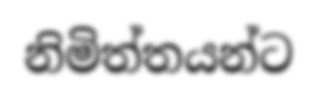
නිමිත්තයන්ට